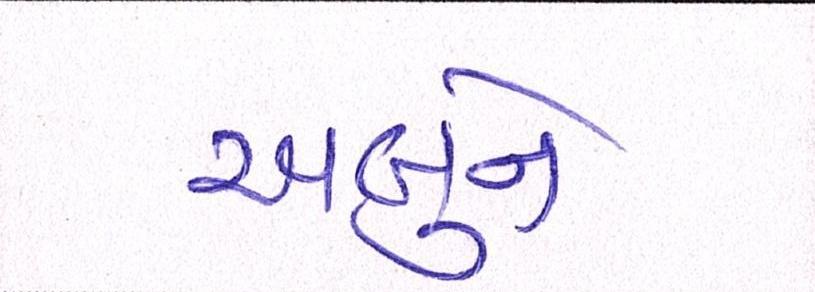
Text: અબુને